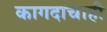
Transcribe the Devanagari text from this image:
कागदाचाही